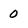
Character: 0